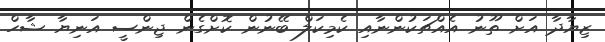
ޒިޔާދާ އަށް ތޫނު އެއްޗަކުންނާއި ކެމިކަލް ބޭނުން ކޮށްގެން ޖިންސީ އަނިޔާ ޝާހް